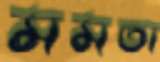
মমতা